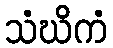
သံဃိကံ